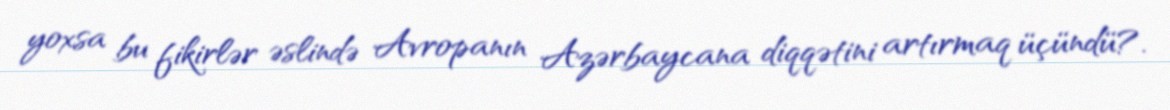
yoxsa bu fikirlər əslində Avropanın Azərbaycana diqqətini artırmaq üçündü?.